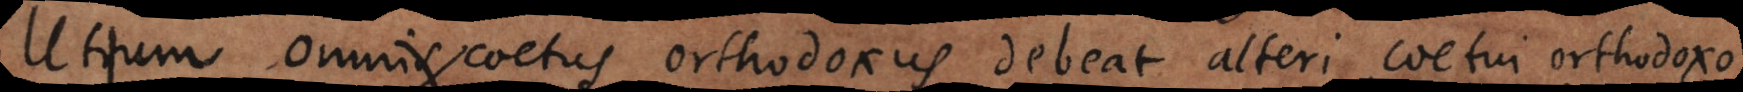
Utrum omnis coetus orthodoxus debeat alteri coetui orthodoxo